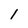
Character: 1